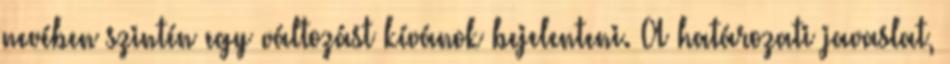
nevében szintén egy változást kívánok bejelenteni. A határozati javaslat,